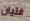
فتيان